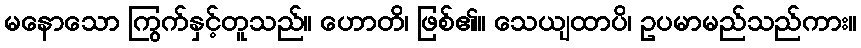
မနောသော ကြွက်နှင့်တူသည်။ ဟောတိ၊ ဖြစ်၏။ သေယျထာပိ၊ ဥပမာမည်သည်ကား။